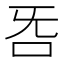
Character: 𣄮